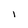
Character: l